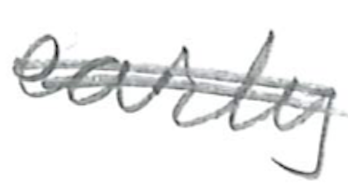
Text: its
Cross-out: double-line
Writing tool: pencil